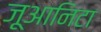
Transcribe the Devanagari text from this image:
जूआनिटा